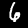
Label: 6